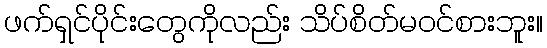
ဖက်ရှင်ပိုင်းတွေကိုလည်း သိပ်စိတ်မဝင်စားဘူး။